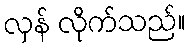
လှန် လိုက်သည်။